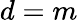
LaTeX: d=m